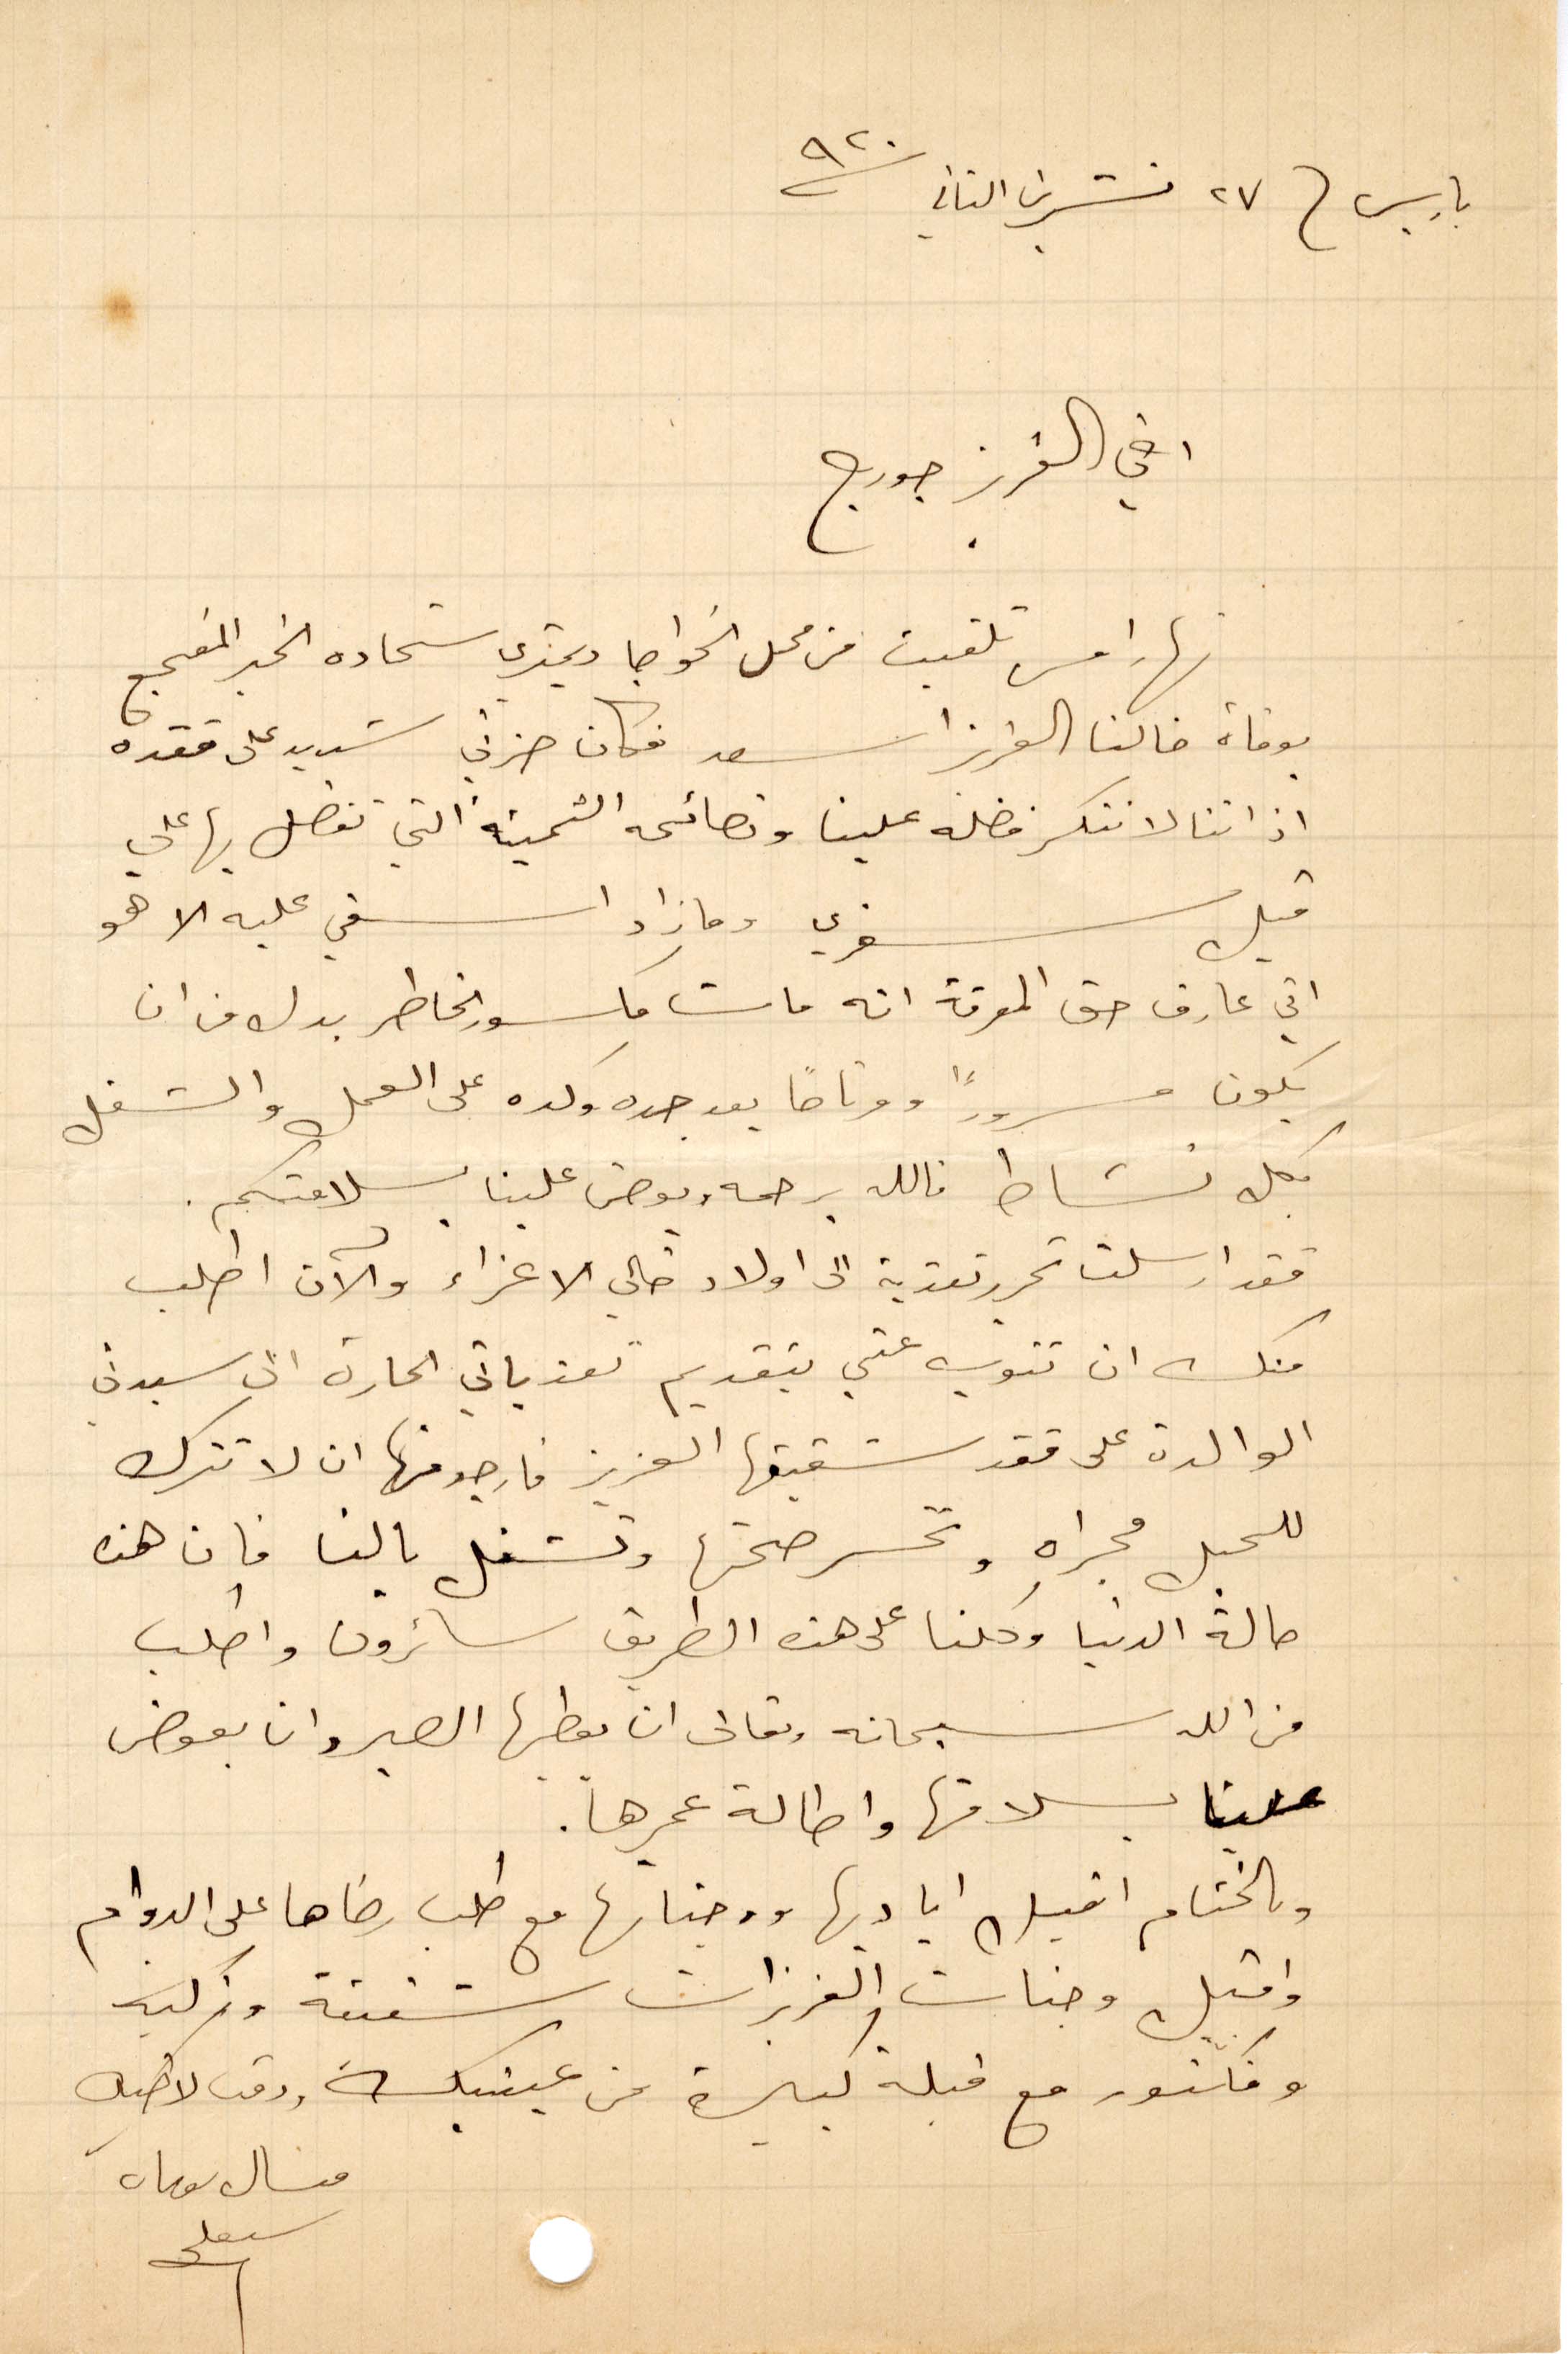
باريس في ٢٧ تشرين الثاني ١٩٢٠
اخي العزيز جورج
نهار امس تلقيت من محل الخواجا ديمتري شحادة الخبر المفجع
بوفاة خالنا العزيز اسعد فكان حزني شديد على فقده
إذ اننا لا ننكر فضله علينا ونصائحه الثمينة التي تفضل بها علي
قبل سفري وما زاد اسفي عليه الا هو
اني عارف حق المعرفة انه مات مكسور الخاطر بدل من أن
يكون مسرورًا ومرتاحًا بعد جده وكده على العمل والشغل
بكل نشاط فالله برحمته يعوض علينا بسلامتكم
فقد أرسلت تحرير تعزية الى أولاد خالي الأعزاء والآن اطلب
منك أن تنوب عني بتقديم تعذياتي الحارة الى سيدتي
الوالدة على فقد شقيقها العزيز فارجو منها ان لا تترك
للحبل مجراه وتحسر صحتها وتشغل بالنا فان هذه
حالة الدنيا وكلنا على هذه الطريق سائرون واطلب
من الله سبحانه وتعلى ان يعطيها الصبر وان يعوض
علينا بسلامتها واطالة عمرها.
وبالختام اقبل اياديها ووجناتها مع طلب رضاها على الدوام
واقبل وجنات العزيزات شفيقة وزكية
وفكتوريا مع قبلة كبيرة من عينيك ودمت لاخيك
ميشال
سبعلي